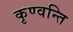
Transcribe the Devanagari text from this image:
कृण्वन्ति